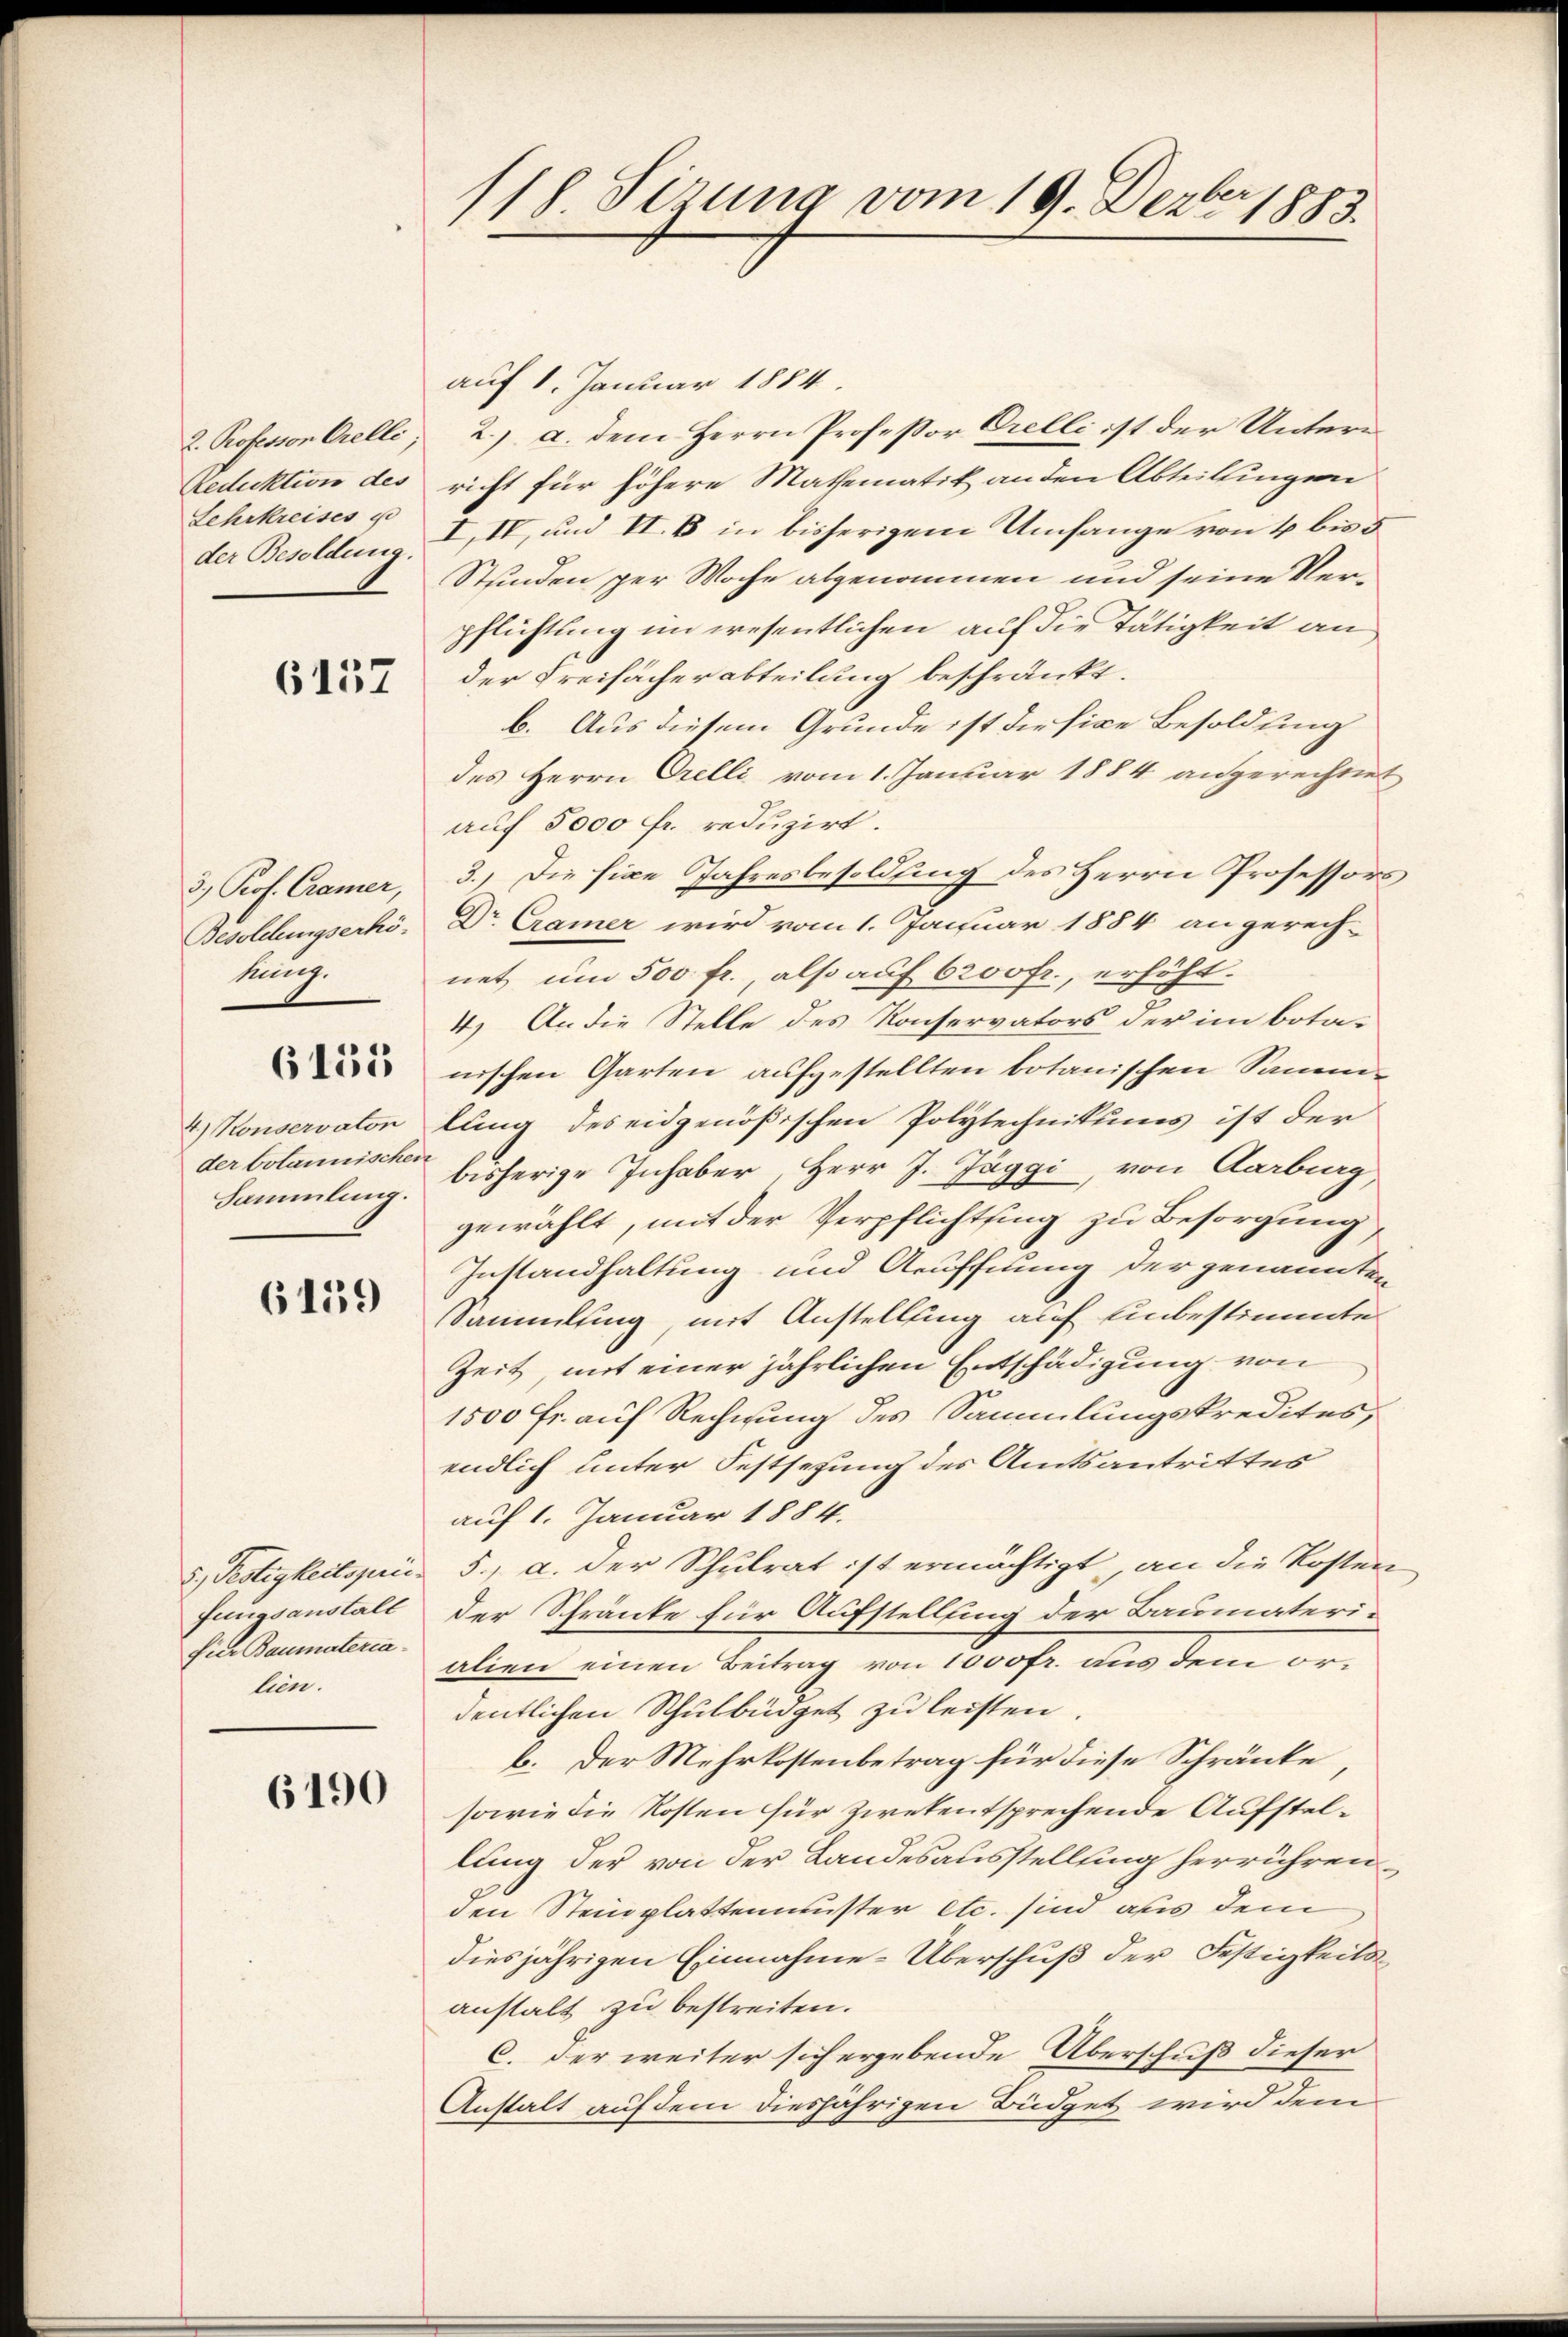
2. Professor Orelli
Reduktion des
Lehrkreises u
der Besoldung

6137

3.) Prof. Cramer,
Besoldungserhö-
kung.

6155

4.) Konservaton
Sammlung.

6159

d. Testigkeitspric
fungsanstalt
für Baumaterialien.

6190

118. Sizung vom 19. Dezbr 1885

auf 1. Januar 1884.
2.) a. dem Herrn Professor Orelli ist der Unterricht für höhere Mathematik an den Abteilungen
I, II, und II. B. in bisherigem Umfange von 4 bis d
Stunden per Woche abgenommen und seine Verpflichtung im wesentlichen auf die Tätigkeit an
der Freihächerabteilung beschränkt.
b. Aus diesem Grunde ist die fixe Besoldung
des Herrn Orelli vom 1. Januar 1884 angerechtet
auf 5000 fr. reduzirt.
3.) Die fixe Jahresbesoldung des Herrn Professors
Dr Cramer wird vom 1. Januar 1884 angerech-
net um 500 fr., also auf 6200fr., erhöht.
4.) An die Stelle des Konservators der im bota-
nischen Garten aufgestellten botanischen Sammlung des eidgenößischen Polytechnikums ist der
der botannische bisherige Inhaber, Herr J. Jäggi, von Aarburg,
gewählt, mit der Verpflichtsing zu Besorgung,
Instandhaltung und Aeuffnung der genannten
Sammlung, mit Anstellung auf unbestimmte
Zeit mit einer jährlichen Entschädigung von
1500 Fr. auf Rechnung des Sammlungskredites,
endlich unter Festsetzung des Amtsantrittes
auf 1. Januar 1884.
5., a. der Schulrat ist ermächtigt, an die Kosten
der Schränke für Aufstellung der Baumaterialien einen Beitrag von 1000fr. aus dem ordentlichen Schulbüdget zu leisten
b. Der Mehrkostenbetrag für diese Schränke
sowie die Kosten für Zwekentsprechende Aufstellung der von der Landesausstellung herrühren
den Steinplattenmuster etc. sind aus dem
diesjährigen Einnahme-Überschuß der Festigkeits
anstalt zu bestreiten.
C. der weiter sich ergebende Überschuß dieser
Anstalt auf dem diesjährigen Büdget wird dem